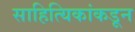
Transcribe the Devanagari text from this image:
साहित्यिकांकडून